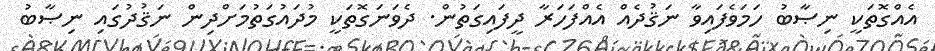
އެއްގޮތަކީ ނިޞާބު ހަމަވެފައިވާ ނަޤުދެއް އެއްފަހަރާ ދީފައިގަތުން. ދެވަނަގޮތަކީ މުދައުގަތުމަށްދިން ނަޤުދުގައި ނިޞާބު